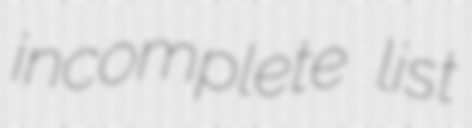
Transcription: incomplete list